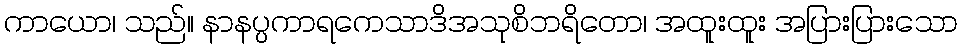
ကာယော၊ သည်။ နာနပ္ပကာရကေသာဒိအသုစိဘရိတော၊ အထူးထူး အပြားပြားသော